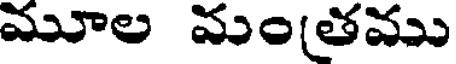
మూల మంతము